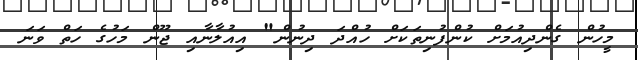
މީހުން ގެންދިއުމަށް ކުންފުނިތަކަށް ހުއްދަ ދިނުން" އިއުލާނާއި ޖޫން މަހުގެ ހަތް ވަނަ